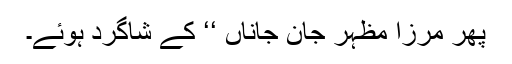
پھر مرزا مظہر جانِ جاناں ‘‘ کے شاگرد ہوئے۔